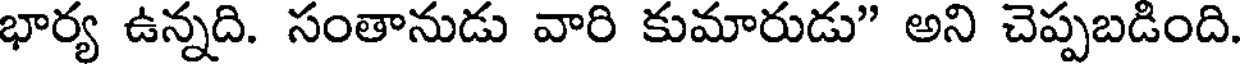
భార్య ఉన్నది. సంతానుడు వారి కుమారుడు" అని చెప్పబడింది.